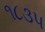
૧૮૩૫